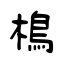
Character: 樢